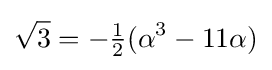
{\sqrt {3}}=-{\tfrac {1}{2}}(\alpha ^{3}-11\alpha )